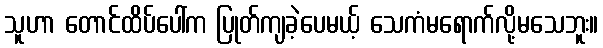
သူဟာ တောင်ထိပ်ပေါ်က ပြုတ်ကျခဲ့ပေမယ့် သေကံမရောက်လို့မသေဘူး။